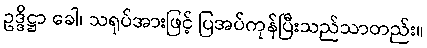
ဥဒ္ဒိဋ္ဌာ ခေါ၊ သရုပ်အားဖြင့် ပြအပ်ကုန်ပြီးသည်သာတည်း။